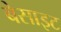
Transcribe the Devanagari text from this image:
बेसाइट